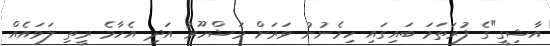
އާޝިގީ"ގެ ފުރަތަމަ ބައިގައި ހިމެނުނު ވަރަށް މަޝްހޫރު އަދި އެހާމެ ރީތި ލަވައެއް